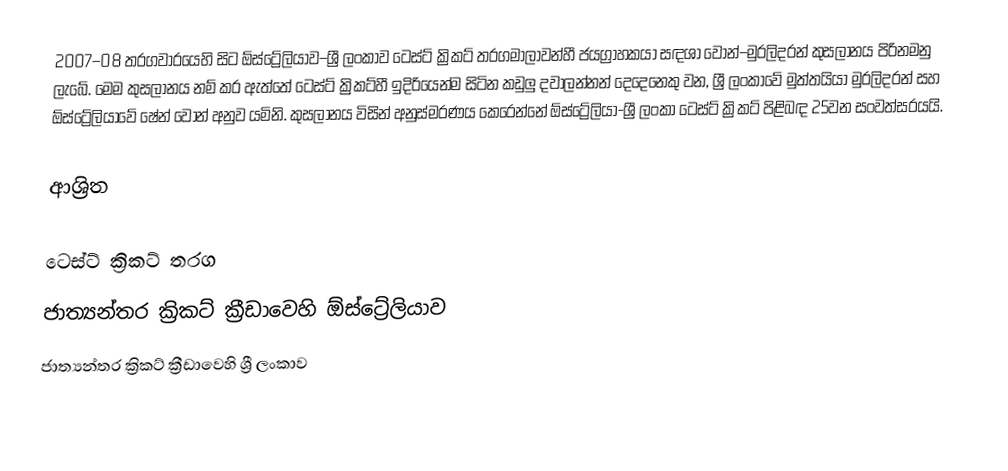
2007–08 තරගවාරයෙහි සිට  ඕස්ට්‍රේලියාව–ශ්‍රී ලංකාව ටෙස්ට් ක්‍රිකට් තරගමාලාවන්හී ජයග්‍රාහකයා සඳශා  වෝන්–මුරලිදරන් කුසලානය පිරිනමනු ලැබේ. මෙම කුසලානය නම් කර ඇත්තේ ටෙස්ට් ක්‍රිකට්හී ඉදිරියෙන්ම සිටින  කඩුලු දවාලන්නන් දෙදෙනෙකු වන, ශ්‍රී ලංකාවේ මුත්තයියා මුරලිදරන්  සහ ඕස්ට්‍රේලියාවේ ෂේන් වෝන් අනුව යමිනි.  කුසලානය විසින් අනුස්මරණය කෙරෙන්නේ ඕස්ට්‍රේලියා-ශ්‍රී ලංකා ටෙස්ට් ක්‍රිකට් පිළිබඳ 25වන සංවත්සරයයි.

ආශ්‍රිත

ටෙස්ට් ක්‍රිකට් තරග
ජාත්‍යන්තර ක්‍රිකට් ක්‍රීඩාවෙහි ඕස්ට්‍රේලියාව
ජාත්‍යන්තර ක්‍රිකට් ක්‍රීඩාවෙහි ශ්‍රී ලංකාව